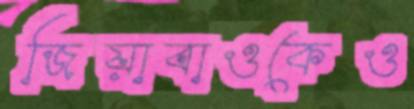
জিয়াবাওকেও